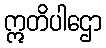
ဣတိပါဌော